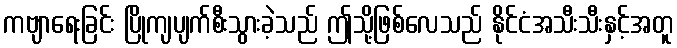
ကဗျာရေးခြင်း ပြိုကျပျက်စီးသွားခဲ့သည် ဤသို့ဖြစ်လေသည် နိုင်ငံအသီးသီးနှင့်အတူ